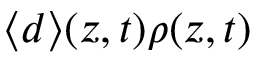
\langle d \rangle ( z , t ) \rho ( z , t )